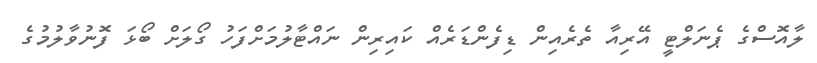
ލާއޮސްގެ ޕެނަލްޓީ އޭރިއާ ތެރެއިން ޑިފެންޑަރެއް ކައިރިން ނައްޓާލުމަށްފަހު ގޯލަށް ބޯޅަ ފޮނުވާލުމުގެ